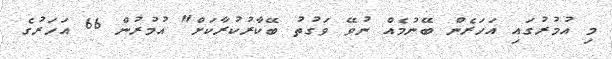
މި އުމުރުގައި އަހަރެން ބޭނުމެއް ނުވޭ ވަގުތު ބޭކާރުކުރާކަަށް" އުމުރުން 66 އަހަރުގެ